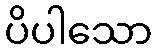
ပိပါသော